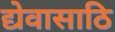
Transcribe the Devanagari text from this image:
द्येवासाठि